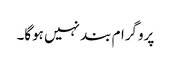
پروگرام بند نہیں ہوگا۔